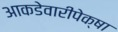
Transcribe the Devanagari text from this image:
आकडेवारीपेक्षा